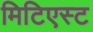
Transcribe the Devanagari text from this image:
मिटिएस्ट